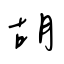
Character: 胡